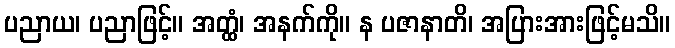
ပညာယ၊ ပညာဖြင့်။ အတ္ထံ၊ အနက်ကို။ န ပဇာနာတိ၊ အပြားအားဖြင့်မသိ။